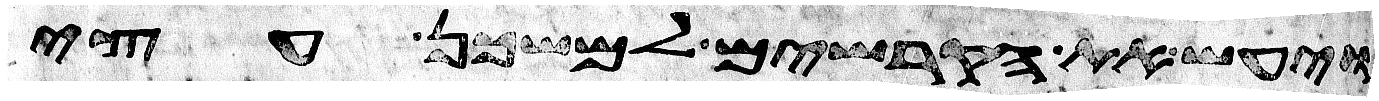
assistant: ויעש את הקרשים למשכן עצי